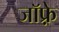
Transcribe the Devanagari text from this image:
जाॅफ़्रे